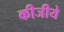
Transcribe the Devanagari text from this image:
कीजीये